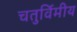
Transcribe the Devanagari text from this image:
चतुर्विमीय